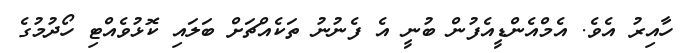
ހާއިރު އެވެ. އެމްއެންޑީއެފުން ބުނީ އެ ފެނުނު ތަކެއްޗަށް ބަލައި ކޮޅުވެއްޓި ހޯދުމުގެ